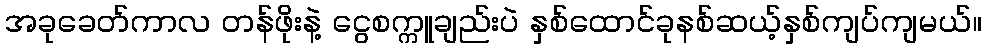
အခုခေတ်ကာလ တန်ဖိုးနဲ့ ငွေစက္ကူချည်းပဲ နှစ်ထောင်ခုနစ်ဆယ့်နှစ်ကျပ်ကျမယ်။